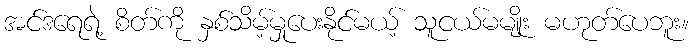
အင်ဒရေရဲ့ စိတ်ကို နှစ်သိမ့်မှုပေးနိုင်မယ့် သူငယ်မမျိုး မဟုတ်ပေဘူး။